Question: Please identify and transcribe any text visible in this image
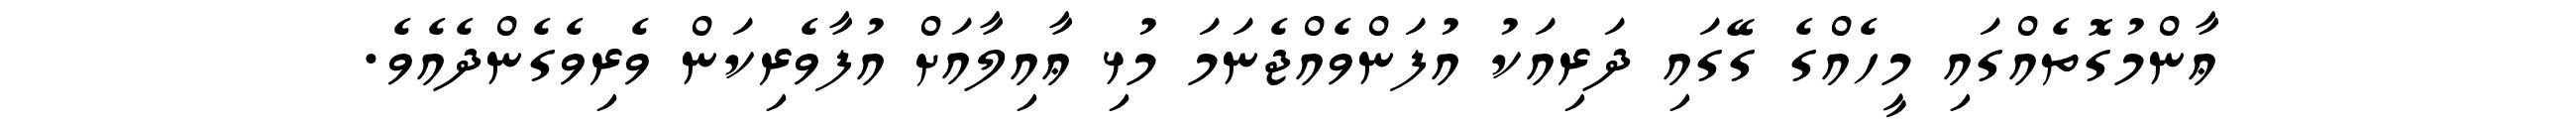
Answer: ޢާންމުގޮތެއްގައި މީހެއްގެ ގޭގައި ދަރިއަކު އުފަންވެއްޖެނަމަ މުޅި ޢާއިލާއަށް އުފާވެރިކަން ވެރިވެގެންދެއެވެ.